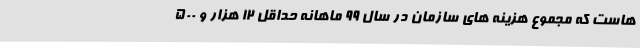
هاست که مجموع هزینه های سازمان در سال 99 ماهانه حداقل 12 هزار و 500